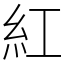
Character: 紅